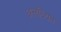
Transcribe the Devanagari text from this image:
अलक्ष्यित